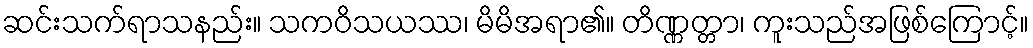
ဆင်းသက်ရာသနည်း။ သကဝိသယဿ၊ မိမိအရာ၏။ တိဏ္ဏတ္တာ၊ ကူးသည်အဖြစ်ကြောင့်။